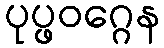
ပုပ္ဖဝဂ္ဂေန